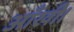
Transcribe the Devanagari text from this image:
आँखी।